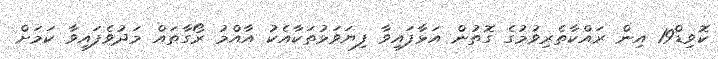
ކޮވިޑް19 އިން ރައްކާތެރިވުމުގެ ގޮތުން އަޅާފައިވާ ފިޔަވަޅުތަކާއެކު އާއްމު ރޯގާތައް މަދުވެފައިވާ ކަމަށް